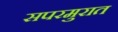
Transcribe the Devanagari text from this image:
सपरमुरात